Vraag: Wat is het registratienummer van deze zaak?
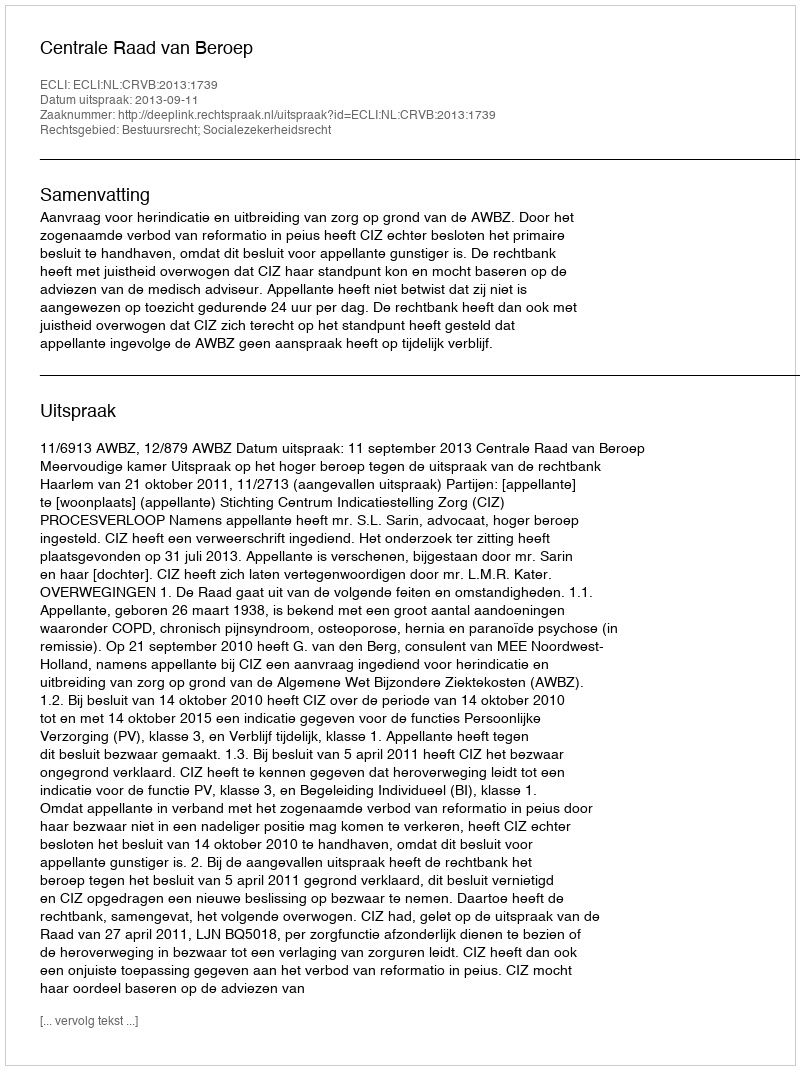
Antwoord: http://deeplink.rechtspraak.nl/uitspraak?id=ECLI:NL:CRVB:2013:1739